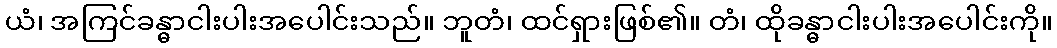
ယံ၊ အကြင်ခန္ဓာငါးပါးအပေါင်းသည်။ ဘူတံ၊ ထင်ရှားဖြစ်၏။ တံ၊ ထိုခန္ဓာငါးပါးအပေါင်းကို။